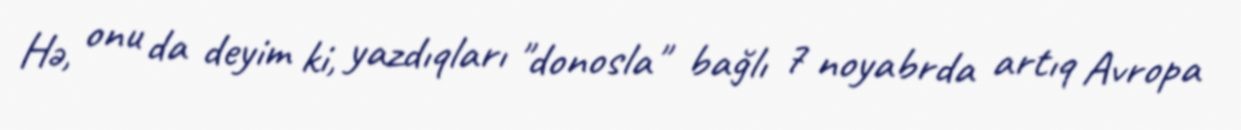
Hə, onu da deyim ki, yazdıqları "donosla" bağlı 7 noyabrda artıq Avropa